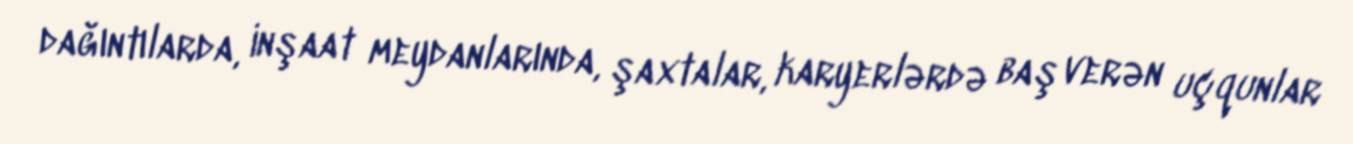
dağıntılarda, inşaat meydanlarında, şaxtalar, karyerlərdə baş verən uçqunlar